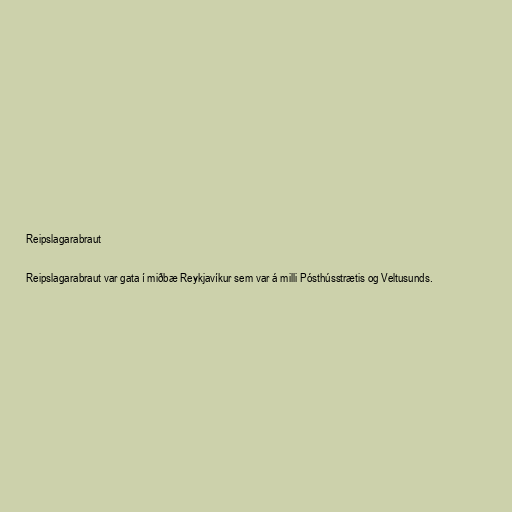
Reipslagarabraut

Reipslagarabraut var gata í miðbæ Reykjavíkur sem var á milli Pósthússtrætis og Veltusunds.